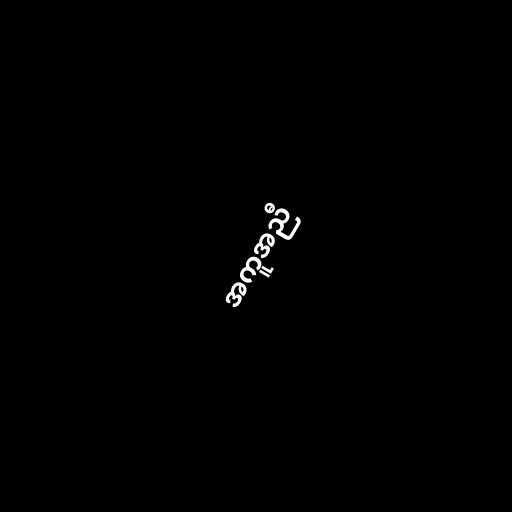
အကူအညီ